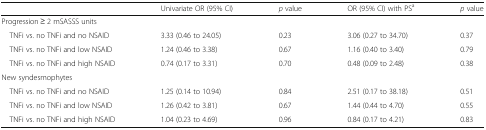
<table><thead><tr><td></td><td><b>Univariate OR (95% CI)</b></td><td><b><i>p</i> value</b></td><td><b>OR (95% CI) with PS<sup>a</sup></b></td><td><b><i>p</i> value</b></td></tr></thead><tbody><tr><td colspan="5">Progression ≥ 2 mSASSS units</td></tr><tr><td> TNFi vs. no TNFi and no NSAID</td><td>3.33 (0.46 to 24.05)</td><td>0.23</td><td>3.06 (0.27 to 34.70)</td><td>0.37</td></tr><tr><td> TNFi vs. no TNFi and low NSAID</td><td>1.24 (0.46 to 3.38)</td><td>0.67</td><td>1.16 (0.40 to 3.40)</td><td>0.79</td></tr><tr><td> TNFi vs. no TNFi and high NSAID</td><td>0.74 (0.17 to 3.31)</td><td>0.70</td><td>0.48 (0.09 to 2.48)</td><td>0.38</td></tr><tr><td colspan="5">New syndesmophytes</td></tr><tr><td> TNFi vs. no TNFi and no NSAID</td><td>1.25 (0.14 to 10.94)</td><td>0.84</td><td>2.51 (0.17 to 38.18)</td><td>0.51</td></tr><tr><td> TNFi vs. no TNFi and low NSAID</td><td>1.26 (0.42 to 3.81)</td><td>0.67</td><td>1.44 (0.44 to 4.70)</td><td>0.55</td></tr><tr><td> TNFi vs. no TNFi and high NSAID</td><td>1.04 (0.23 to 4.69)</td><td>0.96</td><td>0.84 (0.17 to 4.21)</td><td>0.83</td></tr></tbody></table>